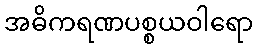
အဓိကရဏပစ္စယဝါရော